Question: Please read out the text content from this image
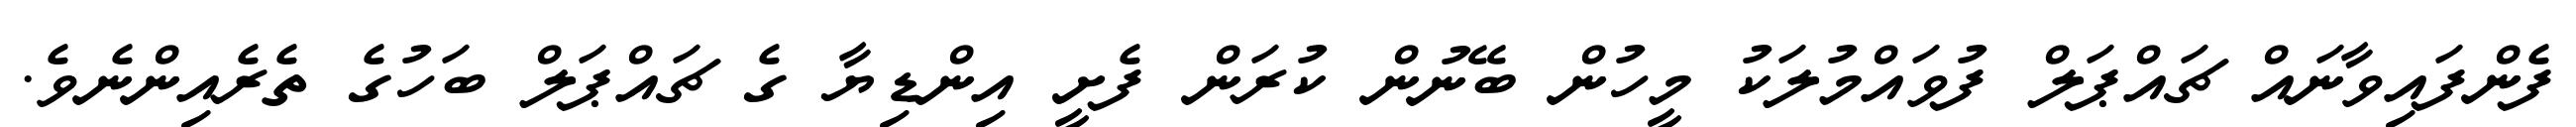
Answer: ފެންފައިވާނައް ޗައްޕަލް ފުވައްމުލަކު މީހުން ބޭނުން ކުރަން ފެށީ އިންޑިޔާ ގެ ޗައްޕަލް ބަހުގެ ތެރެއިންނެވެ.